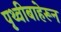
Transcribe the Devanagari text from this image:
पृथ्वीबाहेरून